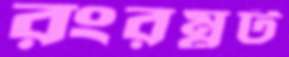
রংরম্নট